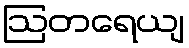
ဩတရေယျ